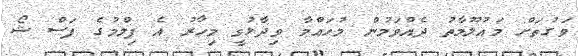
ވަގުތަށް މައުލޫމާތު ދެއްވަމުން މުހައްމާ ވިދާޅުވީ މިހާރު އެ ފިލްމުގެ ފަސް ޝޯ